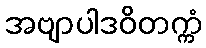
အဗျာပါဒဝိတက္ကံ